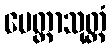
မေတ္တာသုတ္တံ